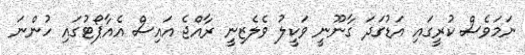
ނަމަވެސް ކުރީގައި އަޑުގަދަ ގާނޫނީ ވަކީލު ވެލެޒިނީ ރާއްޖެ އައިސް އެއާޕޯޓުގައި ހުންނަ